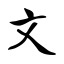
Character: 文